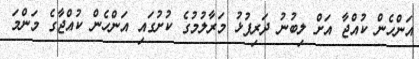
އަންހެން ކުއްޖާ އަށް ލިބުނު ދަރިފުޅު މަރާލުމުގެ ކުށުގައި އަންހެން ކުއްޖާގެ މަންމަ